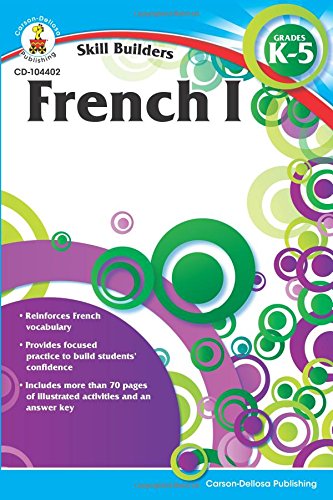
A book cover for French I, Grades K - 5 (Skill Builders); Children's Books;